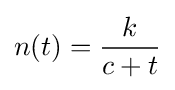
n(t)={\frac {k}{c+t}}